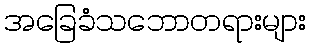
အခြေခံသဘောတရားများ